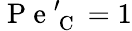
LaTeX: \mathrm{~P~e~}_{\mathrm{~C~}}^{\prime}=1